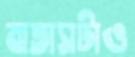
বাতাসটাও